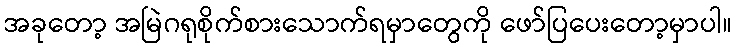
အခုတော့ အမြဲဂရုစိုက်စားသောက်ရမှာတွေကို ဖော်ပြပေးတော့မှာပါ။